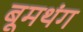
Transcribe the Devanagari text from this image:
बूमथंग